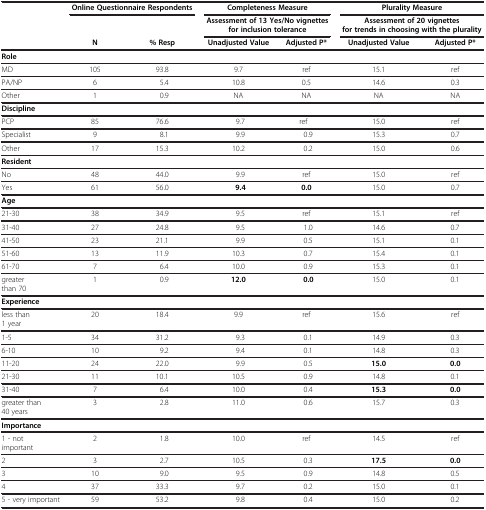
<table><thead><tr><td><b> </b></td><td colspan="2"><b>Online Questionnaire Respondents</b></td><td colspan="2"><b>Completeness Measure</b></td><td colspan="2"><b>Plurality Measure</b></td></tr><tr><td><b> </b></td><td><b> </b></td><td><b> </b></td><td colspan="2"><b>Assessment of 13 Yes/No vignettes for inclusion tolerance</b></td><td colspan="2"><b>Assessment of 20 vignettes for trends in choosing with the plurality</b></td></tr><tr><td><b> </b></td><td><b>N</b></td><td><b>% Resp</b></td><td><b>Unadjusted Value</b></td><td><b>Adjusted P*</b></td><td><b>Unadjusted Value</b></td><td><b>Adjusted P*</b></td></tr></thead><tbody><tr><td colspan="7"><b>Role</b></td></tr><tr><td>MD</td><td>105</td><td>93.8</td><td>9.7</td><td>ref</td><td>15.1</td><td>ref</td></tr><tr><td>PA/NP</td><td>6</td><td>5.4</td><td>10.8</td><td>0.5</td><td>14.6</td><td>0.3</td></tr><tr><td>Other</td><td>1</td><td>0.9</td><td>NA</td><td>NA</td><td>NA</td><td>NA</td></tr><tr><td colspan="7"><b>Discipline</b></td></tr><tr><td>PCP</td><td>85</td><td>76.6</td><td>9.7</td><td>ref</td><td>15.0</td><td>ref</td></tr><tr><td>Specialist</td><td>9</td><td>8.1</td><td>9.9</td><td>0.9</td><td>15.3</td><td>0.7</td></tr><tr><td>Other</td><td>17</td><td>15.3</td><td>10.2</td><td>0.2</td><td>15.0</td><td>0.6</td></tr><tr><td colspan="7"><b>Resident</b></td></tr><tr><td>No</td><td>48</td><td>44.0</td><td>9.9</td><td>ref</td><td>15.0</td><td>ref</td></tr><tr><td>Yes</td><td>61</td><td>56.0</td><td><b>9.4</b></td><td><b>0.0</b></td><td>15.0</td><td>0.7</td></tr><tr><td colspan="7"><b>Age</b></td></tr><tr><td>21-30</td><td>38</td><td>34.9</td><td>9.5</td><td>ref</td><td>15.1</td><td>ref</td></tr><tr><td>31-40</td><td>27</td><td>24.8</td><td>9.5</td><td>1.0</td><td>14.6</td><td>0.7</td></tr><tr><td>41-50</td><td>23</td><td>21.1</td><td>9.9</td><td>0.5</td><td>15.1</td><td>0.1</td></tr><tr><td>51-60</td><td>13</td><td>11.9</td><td>10.3</td><td>0.7</td><td>15.4</td><td>0.1</td></tr><tr><td>61-70</td><td>7</td><td>6.4</td><td>10.0</td><td>0.9</td><td>15.3</td><td>0.1</td></tr><tr><td>greater than 70</td><td>1</td><td>0.9</td><td><b>12.0</b></td><td><b>0.0</b></td><td>15.0</td><td>0.1</td></tr><tr><td colspan="7"><b>Experience</b></td></tr><tr><td>less than 1 year</td><td>20</td><td>18.4</td><td>9.9</td><td>ref</td><td>15.6</td><td>ref</td></tr><tr><td>1-5</td><td>34</td><td>31.2</td><td>9.3</td><td>0.1</td><td>14.9</td><td>0.3</td></tr><tr><td>6-10</td><td>10</td><td>9.2</td><td>9.4</td><td>0.1</td><td>14.8</td><td>0.3</td></tr><tr><td>11-20</td><td>24</td><td>22.0</td><td>9.9</td><td>0.5</td><td><b>15.0</b></td><td><b>0.0</b></td></tr><tr><td>21-30</td><td>11</td><td>10.1</td><td>10.5</td><td>0.9</td><td>14.8</td><td>0.1</td></tr><tr><td>31-40</td><td>7</td><td>6.4</td><td>10.0</td><td>0.4</td><td><b>15.3</b></td><td><b>0.0</b></td></tr><tr><td>greater than 40 years</td><td>3</td><td>2.8</td><td>11.0</td><td>0.6</td><td>15.7</td><td>0.3</td></tr><tr><td colspan="7"><b>Importance</b></td></tr><tr><td>1 - not important</td><td>2</td><td>1.8</td><td>10.0</td><td>ref</td><td>14.5</td><td>ref</td></tr><tr><td>2</td><td>3</td><td>2.7</td><td>10.5</td><td>0.3</td><td><b>17.5</b></td><td><b>0.0</b></td></tr><tr><td>3</td><td>10</td><td>9.0</td><td>9.5</td><td>0.9</td><td>14.8</td><td>0.5</td></tr><tr><td>4</td><td>37</td><td>33.3</td><td>9.7</td><td>0.2</td><td>15.0</td><td>0.1</td></tr><tr><td>5 - very important</td><td>59</td><td>53.2</td><td>9.8</td><td>0.4</td><td>15.0</td><td>0.2</td></tr></tbody></table>